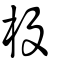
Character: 杸